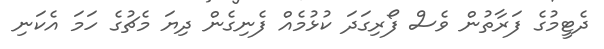
ދެޓީމުގެ ފަރާތުން ވެސް ފޯރިގަދަ ކުޅުމެއް ފެނިގެން ދިޔަ މެޗުގެ ހަމަ އެކަނި